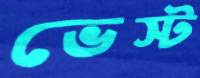
ভেস্ট